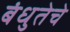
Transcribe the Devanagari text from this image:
बंधुतेचे